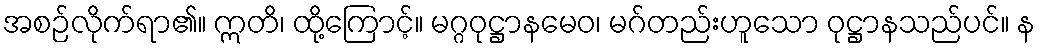
အစဉ်လိုက်ရာ၏။ ဣတိ၊ ထို့ကြောင့်။ မဂ္ဂဝုဋ္ဌာနမေဝ၊ မဂ်တည်းဟူသော ဝုဋ္ဌာနသည်ပင်။ န